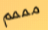
مممم